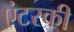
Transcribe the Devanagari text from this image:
एंटरकी